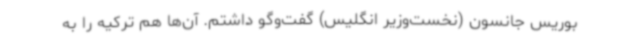
بوریس جانسون (نخست‌وزیر انگلیس) گفت‌وگو داشتم. آن‌ها هم ترکیه را به